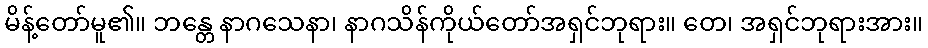
မိန့်တော်မူ၏။ ဘန္တေ နာဂသေနာ၊ နာဂသိန်ကိုယ်တော်အရှင်ဘုရား။ တေ၊ အရှင်ဘုရားအား။